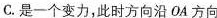
C.是一个变力，此时方向沿OA方向